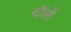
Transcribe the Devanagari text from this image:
दॉर्से